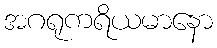
အဂရုကရိယမာနော